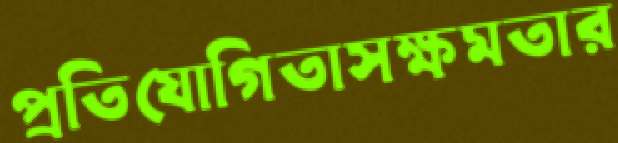
প্রতিযোগিতাসক্ষমতার